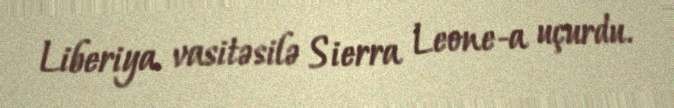
Liberiya vasitəsilə Sierra Leone-a uçurdu.